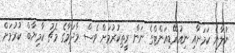
ނުލާނެ ކަމަށާއި ނިއުރޭޑިއަންޓްގެ ނަން ރީތިކުރުމަށް ވެސް މާދަމާގެ މެޗު ކާމިޔާބް ކުރުމަށް